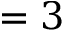
= 3